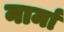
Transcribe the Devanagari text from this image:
नार्मा